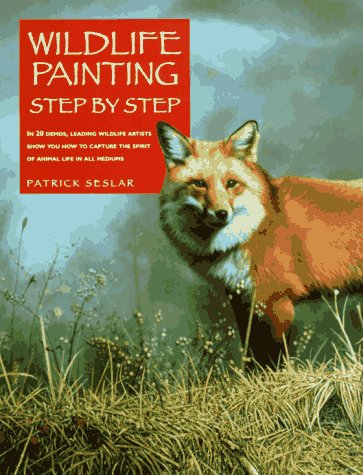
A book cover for Wildlife Painting Step by Step (Leading wildlife artists show you how to capture the spirit of animal life in all mediums); Patrick Seslar; Arts & Photography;